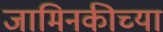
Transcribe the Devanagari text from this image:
जामिनकीच्या